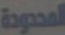
المحدودة